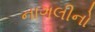
નાગલીનો